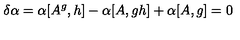
\delta \alpha = \alpha [ A ^ { g } , h ] - \alpha [ A , g h ] + \alpha [ A , g ] = 0